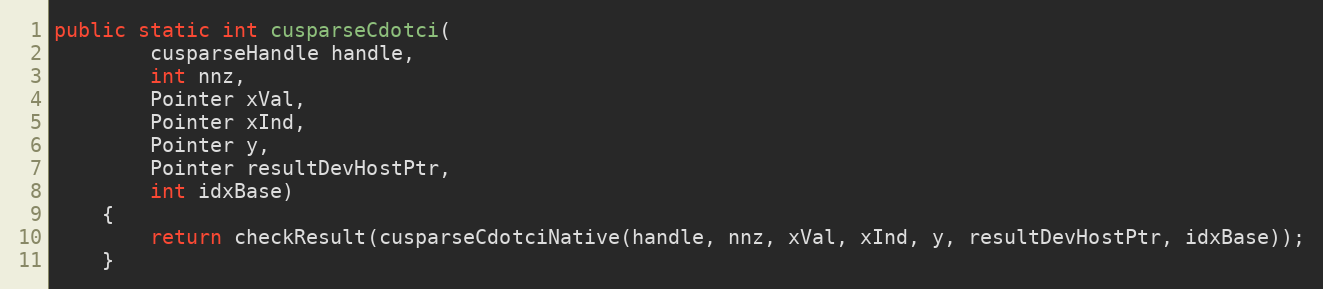
Language: Java
public static int cusparseCdotci(
        cusparseHandle handle,
        int nnz,
        Pointer xVal,
        Pointer xInd,
        Pointer y,
        Pointer resultDevHostPtr,
        int idxBase)
    {
        return checkResult(cusparseCdotciNative(handle, nnz, xVal, xInd, y, resultDevHostPtr, idxBase));
    }